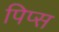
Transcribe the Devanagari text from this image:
पिप्स